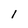
Character: l